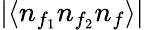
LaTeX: |\langle n_{f_{1}}n_{f_{2}}n_{f}\rangle|